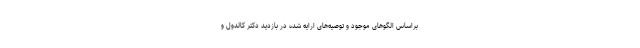
براساس الگوهای موجود و توصیه‌های ارایه شده در بازدید دکتر کالدول و